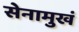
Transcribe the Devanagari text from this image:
सेनामुखं